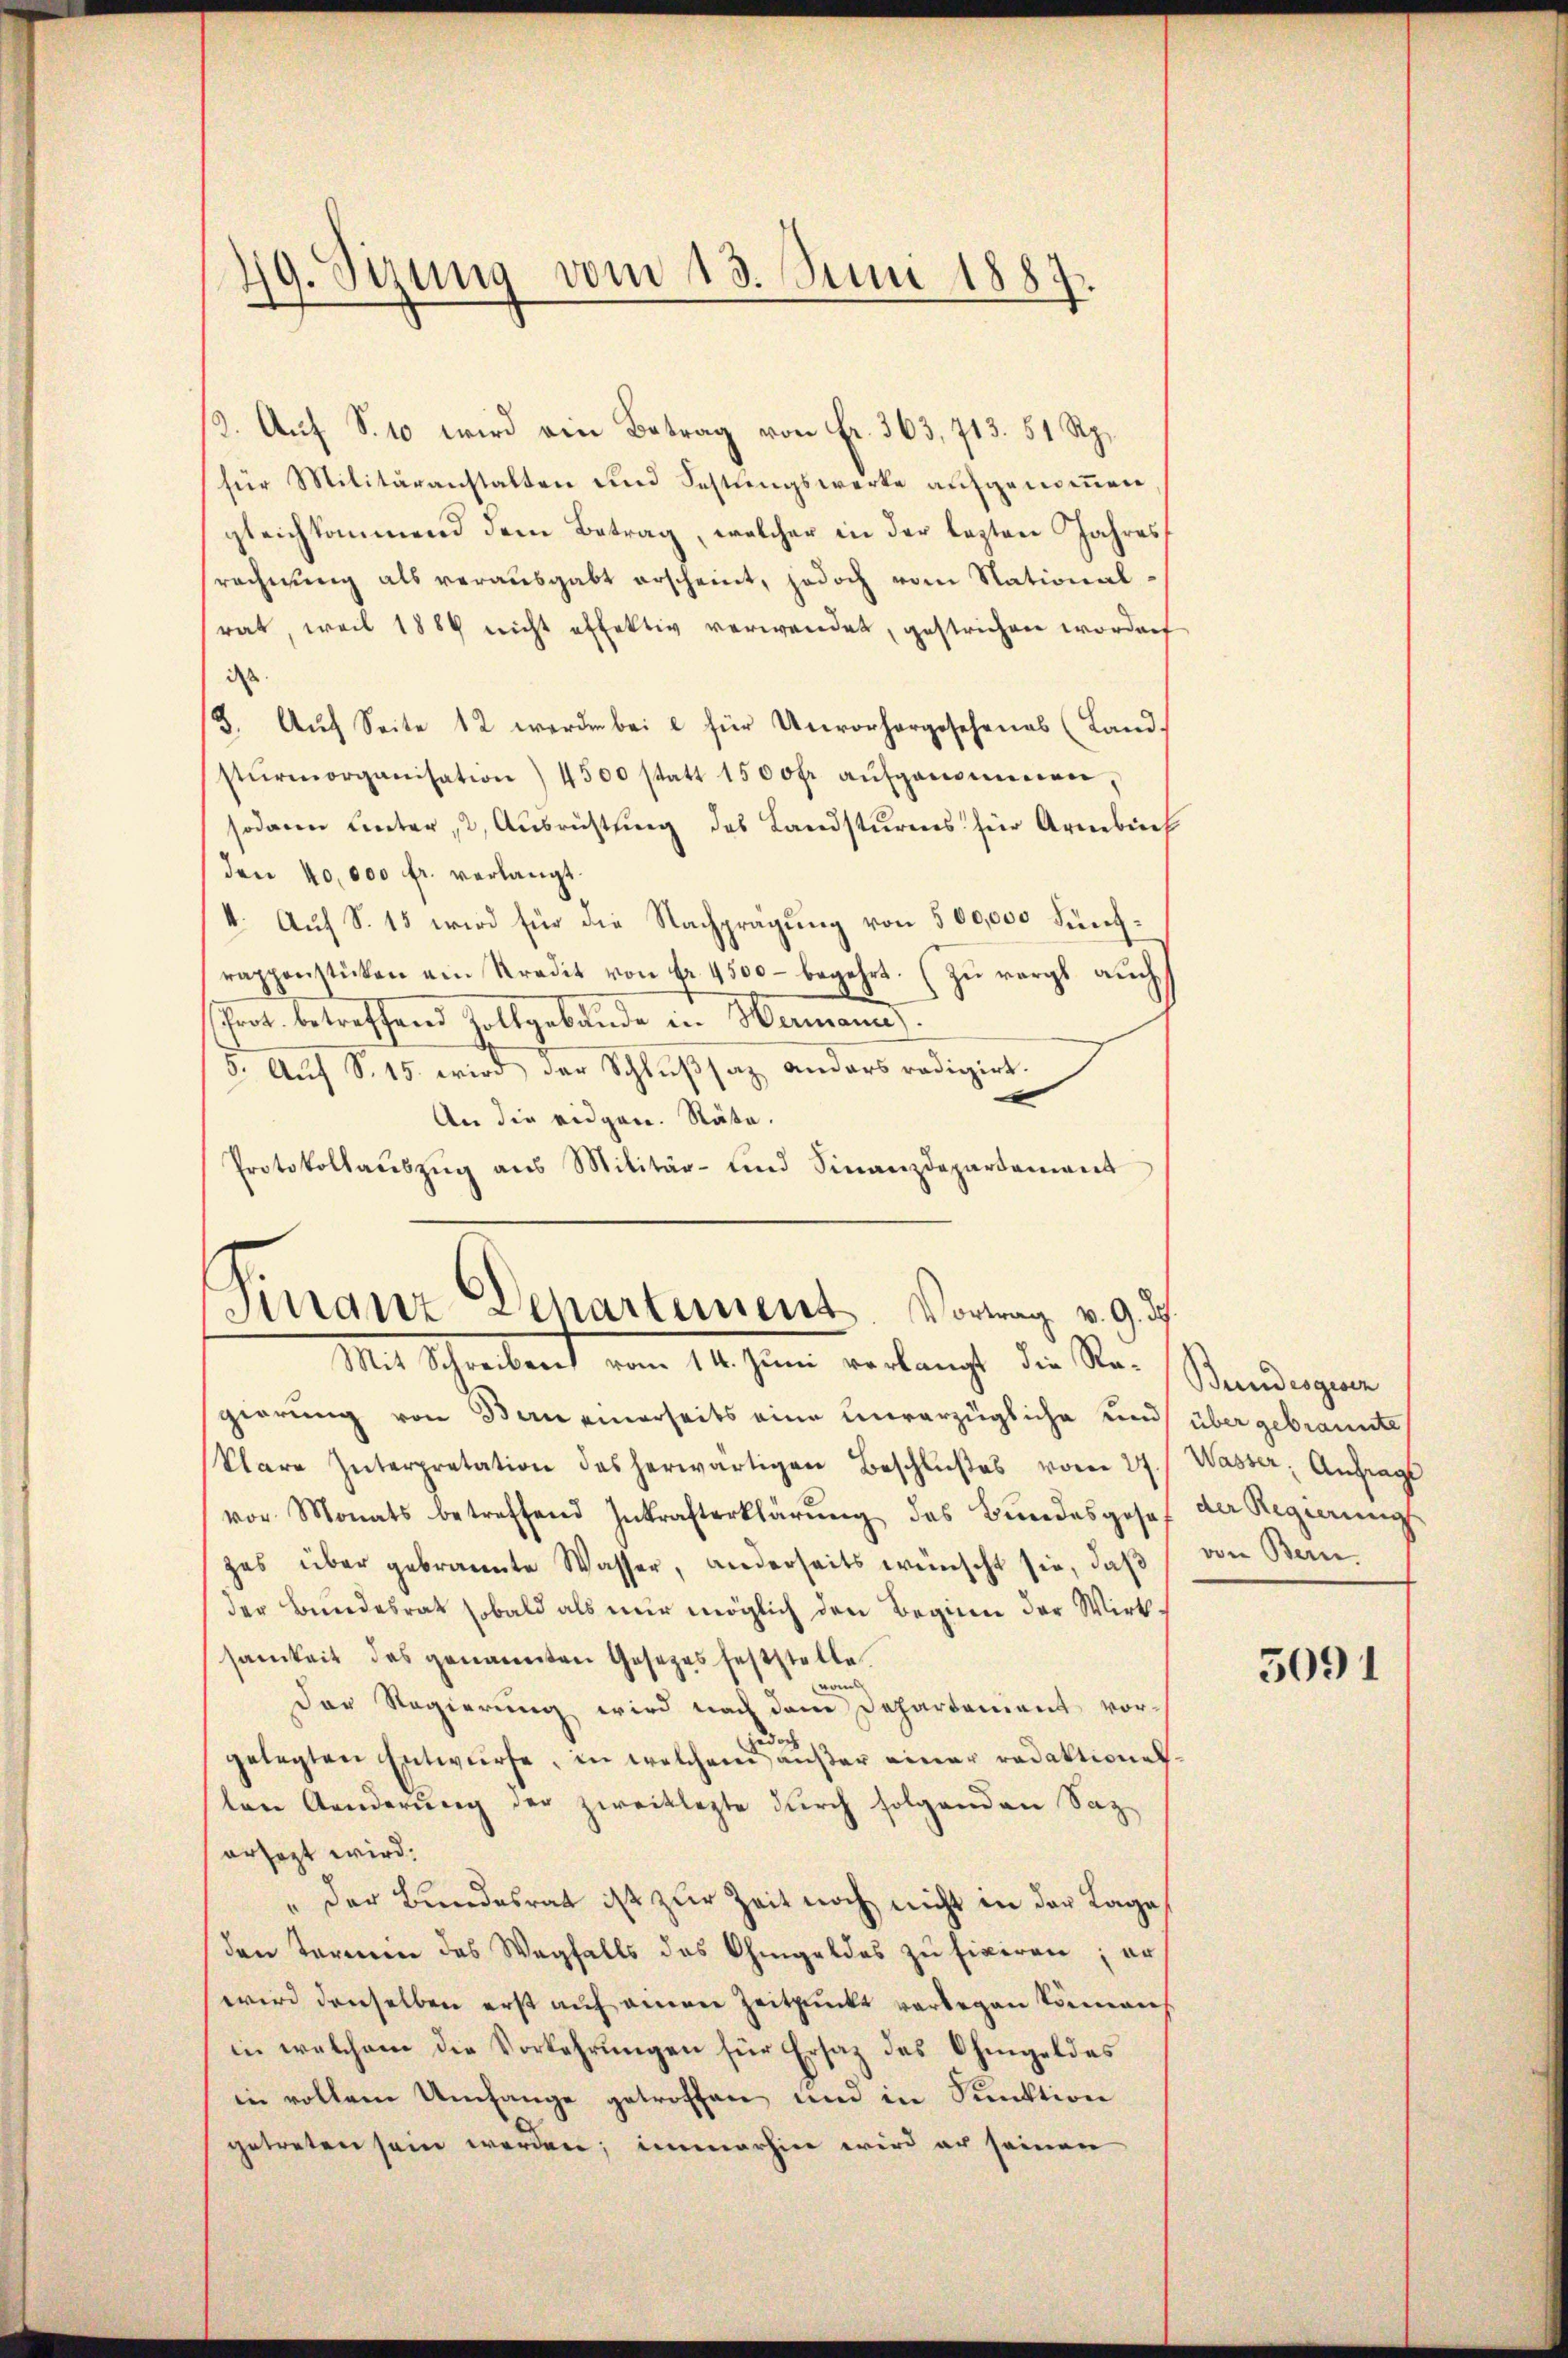
49. Sizung vom 13. Juni 1887.

Mit Schreibent vom 14. Juni verlangt die Str. Sendungen

13. Auf S. 10 wird ein Betrag von Fr. 363, 713. 51 Rp.
für Militäranstalten und Festungswerke aufgenommen,
gleichkommend dem Betrag, welcher in der lezten Jahres
rechnung als vorausgabt erscheint, jedoch vom Stationalrat, weil 1884 nicht effektiv verwendet, gestrichen worden
dss
3. Auf Seite 12 werden bei u für Unvorhergesehenes (Land
stŭrmorganisation) 4500 statt 1500fr. aŭfgenommen,
sodann unter, 2, Ausrichtung des Landsturms für Armbuch
den 40,000 fr. verlangt.
4. Auf S. 15 wird für die Nachprägung von 500,000 Fünfrappenstücken am Kredit von Fr. 4500 – begehrt. (Zu vergl auch
Prot. betreffend Zollgebäude in Hermann.
5. Auf S. 15. wird der Schlußsaz anders redigirt.
An die eidgen. Räte.
Protokollaŭszŭg aŭs Militär- und Finanzdepartement
Finanz Dehartement. Vortrag v. 9. d.

gierung von Bern einerseits eine unverzügliche und über gebrannte
klare Interpretation des herwärtigen Beschlŭβes vom 27./ Wasser Anfrags
vor. Monats betreffend Inkrafterklärŭng des Bŭndesgeset
zes über gebrannte Wasser, anderseits wünscht sie, daß
der Bundesrath sobald als nur möglich den Beginn der Wirksamkeit das genannten Gesezes feststelle.
roml
Der Regierung wird nach dem Departonient vorjedoch
gelegten Entwürfe, in welchem aŭβer einer redaktionel-
ton Aenderung der zwecklegte durch folgenden Saz-
ersagt wird.
" der Bundesrat ist zur Zeit noch nicht in der Lage
den Termin des Wegfalls des Ohmgeldes zu fixiren; er
wird denselben erst auf einen Zeitpunkte vorlegen können
in welchem die Vorkehrungen für Ersatz des Ohmgeldes
in vollem Umfange getroffen und in Sunktion
getreten sein werden; immerhin wird er seinen

der Regierung
von Bern.

5091